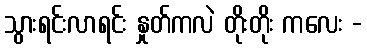
သွားရင်းလာရင်း နှုတ်ကလဲ တိုးတိုး ကလေး -